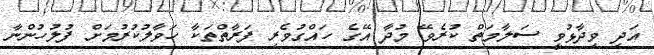
އަދި ވިދާޅުވީ ސަލާމަތް ކުރެވޭ މުދާ އޭގެ ހައްގުވެރި ފަރާތްތަކާ ހަވާލުކުރުމަށް ފުލުހުންނާ